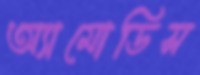
অ্যামোডিস